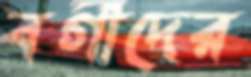
বর্গীদের